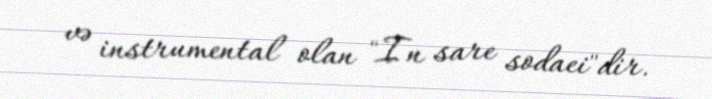
və instrumental olan "In sare sodaei"dir.